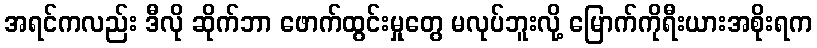
အရင်ကလည်း ဒီလို ဆိုက်ဘာ ဖောက်ထွင်းမှုတွေ မလုပ်ဘူးလို့ မြောက်ကိုရီးယားအစိုးရက